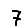
Digit: 7